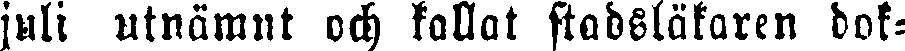
juli utnämnt och kallat stadsläkaren dok-